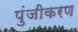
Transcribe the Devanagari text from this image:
पुंजीकरण